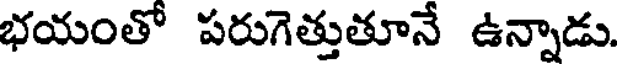
భయంతో పరుగెత్తుతూనే ఉన్నాడు.